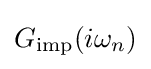
G_{\mathrm {imp} }(i\omega _{n})